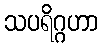
သပရိဂ္ဂဟာ